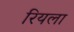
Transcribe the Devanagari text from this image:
रियला